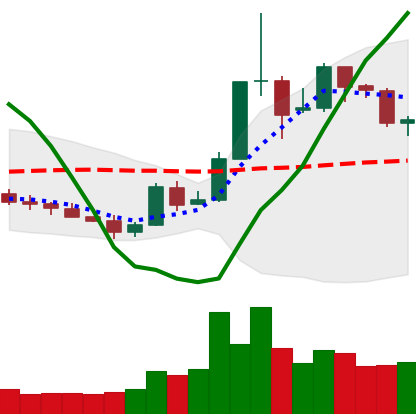
Ticker: XLM-USD
Chart end date: 2019-05-23
Forward return: 11.02%
Label: up_7plus